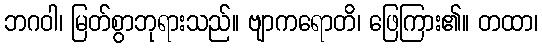
ဘဂဝါ၊ မြတ်စွာဘုရားသည်။ ဗျာကရောတိ၊ ဖြေကြား၏။ တထာ၊